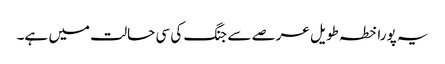
یہ پورا خطہ طویل عرصے سے جنگ کی سی حالت میں ہے۔